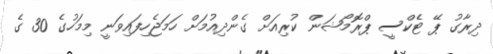
ދިރާގު ޕޭ ޓެކްސީ ޕްރޮމޯޝަން ކުރިއަށް ގެންދިއުމަށް ހަމަޖެހިފައިވަނީ މިމަހުގެ 30 ގެ